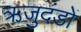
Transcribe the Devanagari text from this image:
ऋजुदंडों